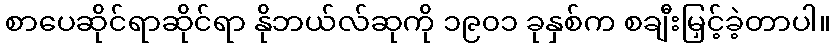
စာပေဆိုင်ရာဆိုင်ရာ နိုဘယ်လ်ဆုကို ၁၉၀၁ ခုနှစ်က စချီးမြှင့်ခဲ့တာပါ။